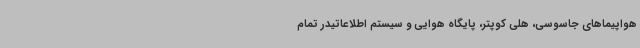
هواپیماهای جاسوسی، هلی کوپتر، پایگاه هوایی و سیستم اطلاعاتیدر تمام